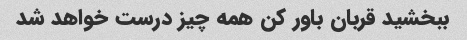
ببخشید قربان باور کن همه چیز درست خواهد شد